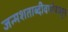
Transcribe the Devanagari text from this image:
जन्मशताब्दीवर्षापासून